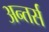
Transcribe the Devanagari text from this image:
अन्तर्स